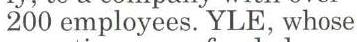
200 employees. YLE, whose